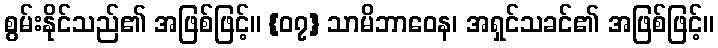
စွမ်းနိုင်သည်၏ အဖြစ်ဖြင့်။ {၀၇} သာမိဘာဝေန၊ အရှင်သခင်၏ အဖြစ်ဖြင့်။